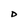
Character: D